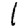
Digit: 1